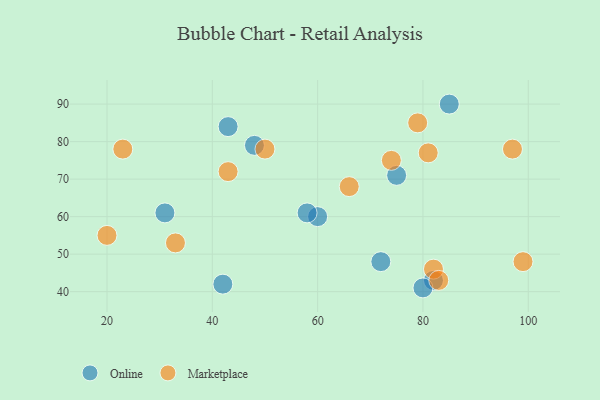
{"axis": {"x": "GDP", "y": "Life Expectancy"}, "legend": ["Marketplace", "Online"], "data": [{"x": "72", "y": 48, "type": "Online"}, {"x": "31", "y": 61, "type": "Online"}, {"x": "82", "y": 43, "type": "Online"}, {"x": "43", "y": 84, "type": "Online"}, {"x": "85", "y": 90, "type": "Online"}, {"x": "48", "y": 79, "type": "Online"}, {"x": "75", "y": 71, "type": "Online"}, {"x": "60", "y": 60, "type": "Online"}, {"x": "42", "y": 42, "type": "Online"}, {"x": "80", "y": 41, "type": "Online"}, {"x": "58", "y": 61, "type": "Online"}, {"x": "66", "y": 68, "type": "Marketplace"}, {"x": "23", "y": 78, "type": "Marketplace"}, {"x": "99", "y": 48, "type": "Marketplace"}, {"x": "82", "y": 46, "type": "Marketplace"}, {"x": "50", "y": 78, "type": "Marketplace"}, {"x": "97", "y": 78, "type": "Marketplace"}, {"x": "43", "y": 72, "type": "Marketplace"}, {"x": "81", "y": 77, "type": "Marketplace"}, {"x": "83", "y": 43, "type": "Marketplace"}, {"x": "79", "y": 85, "type": "Marketplace"}, {"x": "33", "y": 53, "type": "Marketplace"}, {"x": "74", "y": 75, "type": "Marketplace"}, {"x": "20", "y": 55, "type": "Marketplace"}]}